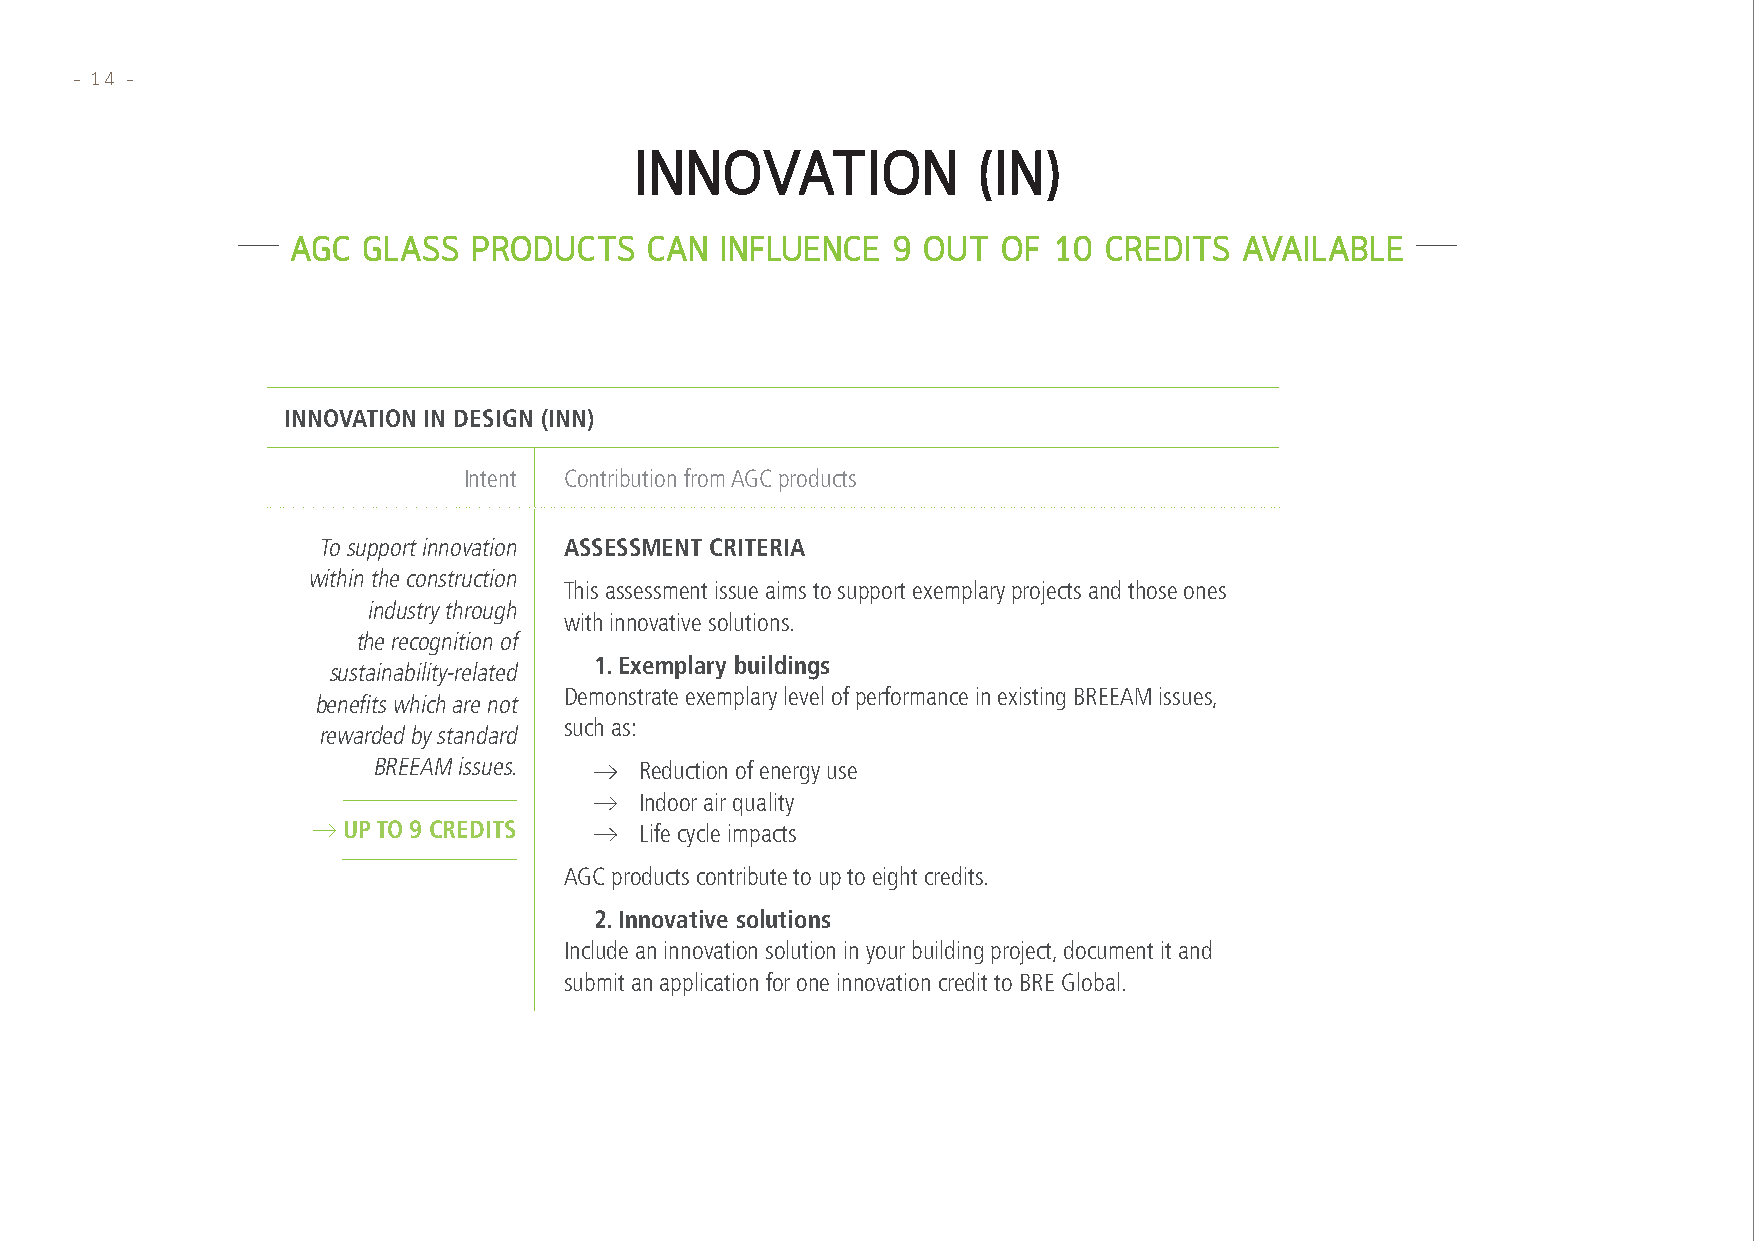
– 14 –
 INNOVATION             (IN)
 AGC  GLASS  PRODUCTS    CAN  INFLUENCE  9 OUT  OF  10 CREDITS  AVAILABLE
 INNOVATION IN DESIGN (INN)
 Intent Contribution from AGC products
 To support innovation ASSESSMENT CRITERIA
 within the construction
 This assessment issue aims to support exemplary projects and those ones
 industry through
 with innovative solutions.
 the recognition of
 1. Exemplary buildings
 sustainability-related
 Demonstrate exemplary level of performance in existing BREEAM issues,
 benefits which are not
 such as:
 rewarded by standard
 BREEAM issues.   Reduction of energy use
 Indoor air quality
 UP TO 9 CREDITS    Life cycle impacts
 AGC products contribute to up to eight credits.
 2. Innovative solutions
 Include an innovation solution in your building project, document it and
 submit an application for one innovation credit to BRE Global.